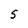
Character: S